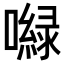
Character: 𡂎